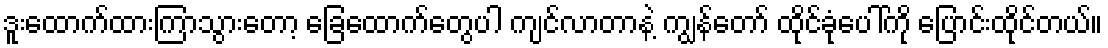
ဒူးထောက်ထားကြာသွားတော့ ခြေထောက်တွေပါ ကျင်လာတာနဲ့ ကျွန်တော် ထိုင်ခုံပေါ်ကို ပြောင်းထိုင်တယ်။